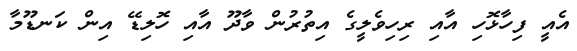
އެއީ ފިހާޅޮހި އާއި ރިހިވެލީގެ އިތުރުން ވާދޫ އާއި ހޮލިޑޭ އިން ކަނޑޫމާ